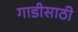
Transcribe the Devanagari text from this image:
गाडीसाठी